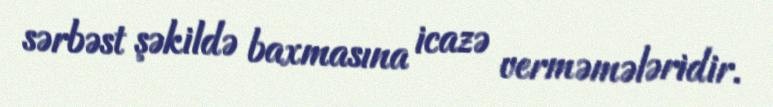
sərbəst şəkildə baxmasına icazə verməmələridir.